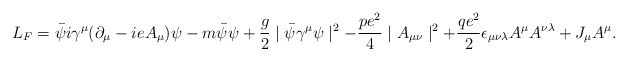
\begin{align*}L_F=\bar\psi i\gamma^\mu (\partial_\mu-ieA_\mu)\psi -m\bar\psi\psi+{g\over 2}\mid\bar\psi\gamma^\mu\psi\mid^2 -{{pe^2}\over 4}\mid A_{\mu\nu}\mid^2+{{qe^2}\over 2}\epsilon_{\mu\nu\lambda}A^\mu A^{\nu\lambda}+J_\mu A^\mu.\end{align*}